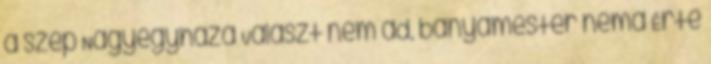
a szép Nagyegyháza Választ nem ad, bányamester néma Érte